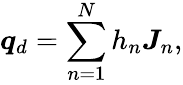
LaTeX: \boldsymbol{q}_{d}=\sum_{n=1}^{N}h_{n}\boldsymbol{J}_{n},